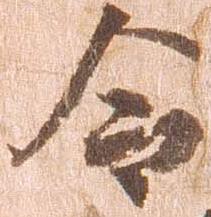
令